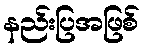
နည်းပြအဖြစ်